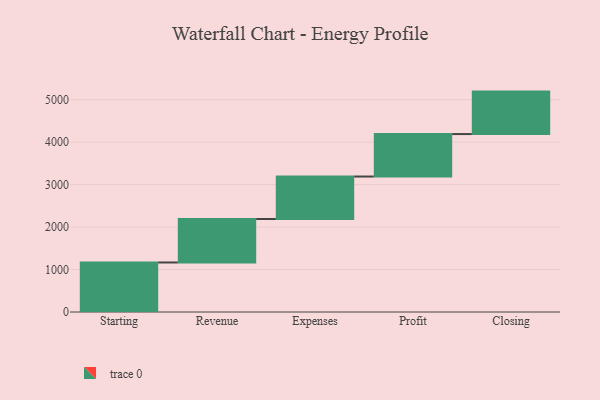
{"axis": {"x": "Step", "y": "Value"}, "legend": [""], "data": [{"x": "Starting", "y": 1166.0, "type": ""}, {"x": "Revenue", "y": 1024.0, "type": ""}, {"x": "Expenses", "y": 1000, "type": ""}, {"x": "Profit", "y": 1000, "type": ""}, {"x": "Closing", "y": 1000, "type": ""}]}